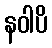
နဝါပိ